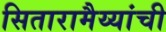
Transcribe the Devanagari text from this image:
सितारामैय्यांची